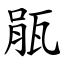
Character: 瓹